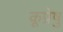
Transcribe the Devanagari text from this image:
कूप्रेषु